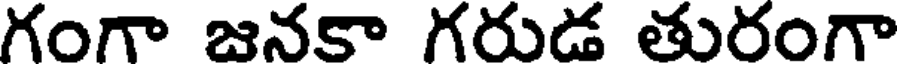
గంగా జనకా గరుడ తురంగా